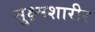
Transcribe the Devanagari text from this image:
सूक्ष्मशारीर